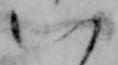
八